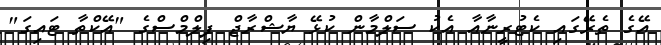
އޭގެ ތެރޭގައި ކެޓުރީނާއާ އެކު ސަލްމާން ކުޅޭ ޔާޝްރާޖް ފިލްމްސްގެ "އޭކްތާ ޓައިގަ"